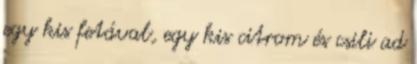
egy kis fetával, egy kis citrom és csili ad